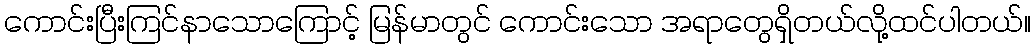
ကောင်းပြီးကြင်နာသောကြောင့် မြန်မာတွင် ကောင်းသော အရာတွေရှိတယ်လို့ထင်ပါတယ်။